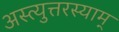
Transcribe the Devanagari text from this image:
अस्त्युत्तरस्याम्